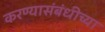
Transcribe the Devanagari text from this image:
करण्यासंबंधीच्या